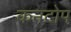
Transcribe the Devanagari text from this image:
कनटोप